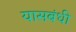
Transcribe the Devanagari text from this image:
यासबंधी